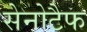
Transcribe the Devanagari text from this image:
सेनोटैफ